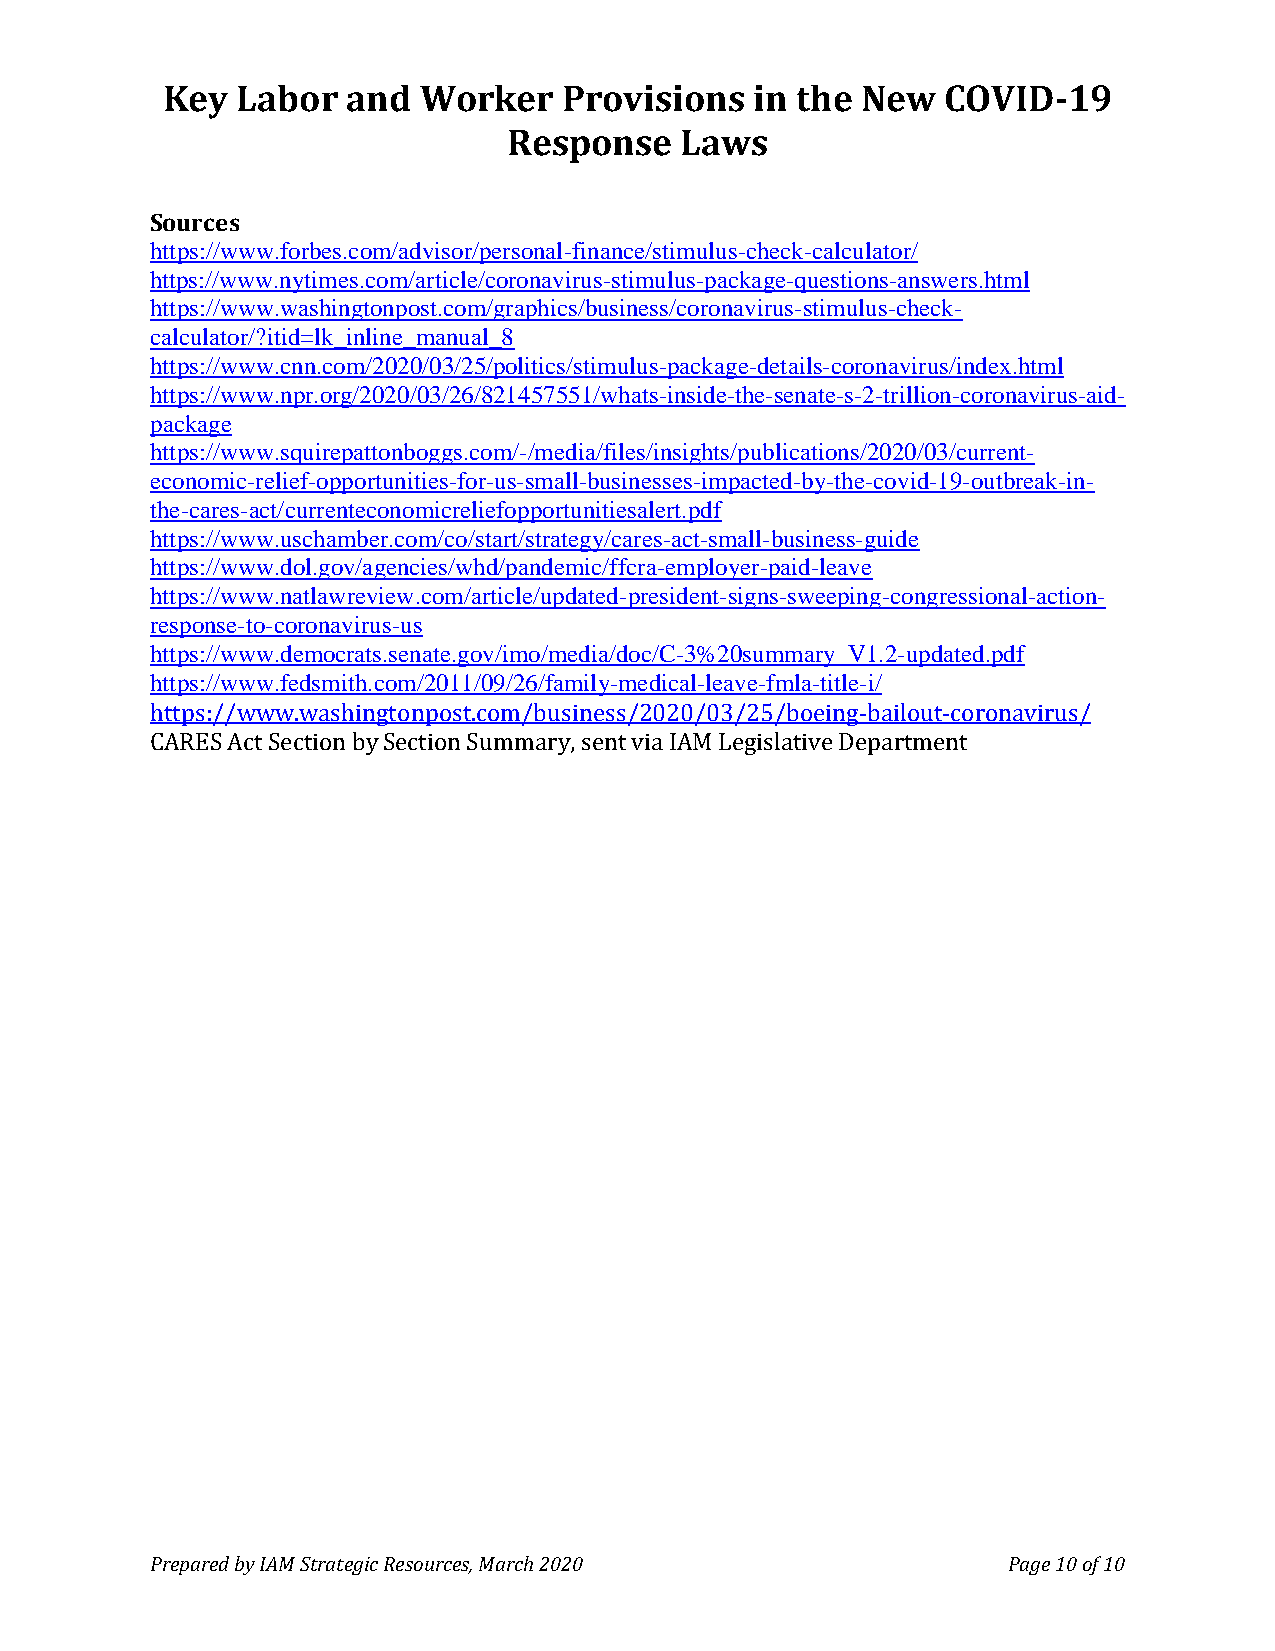
Key  Labor  and  Worker   Provisions   in the New   COVID-19
 Response   Laws
 Sources
 https://www.forbes.com/advisor/personal-finance/stimulus-check-calculator/
 https://www.nytimes.com/article/coronavirus-stimulus-package-questions-answers.html
 https://www.washingtonpost.com/graphics/business/coronavirus-stimulus-check-
 calculator/?itid=lk_inline_manual_8
 https://www.cnn.com/2020/03/25/politics/stimulus-package-details-coronavirus/index.html
 https://www.npr.org/2020/03/26/821457551/whats-inside-the-senate-s-2-trillion-coronavirus-aid-
 package
 https://www.squirepattonboggs.com/-/media/files/insights/publications/2020/03/current-
 economic-relief-opportunities-for-us-small-businesses-impacted-by-the-covid-19-outbreak-in-
 the-cares-act/currenteconomicreliefopportunitiesalert.pdf
 https://www.uschamber.com/co/start/strategy/cares-act-small-business-guide
 https://www.dol.gov/agencies/whd/pandemic/ffcra-employer-paid-leave
 https://www.natlawreview.com/article/updated-president-signs-sweeping-congressional-action-
 response-to-coronavirus-us
 https://www.democrats.senate.gov/imo/media/doc/C-3%20summary_V1.2-updated.pdf
 https://www.fedsmith.com/2011/09/26/family-medical-leave-fmla-title-i/
 https://www.washingtonpost.com/business/2020/03/25/boeing-bailout-coronavirus/
 CARES Act Section by Section Summary, sent via IAM Legislative Department
 Prepared by IAM Strategic Resources, March 2020          Page 10 of 10